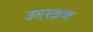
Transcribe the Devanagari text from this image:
उदरव्रण